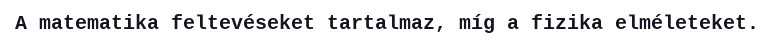
A matematika feltevéseket tartalmaz, míg a fizika elméleteket.